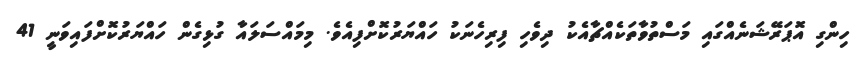
ހިންގި އޮޕަރޭޝަނެއްގައި މަސްތުވާތަކެއްޗާއެކު ދިވެހި ފިރިހެނަކު ހައްޔަރުކޮށްފިއެވެ. މިމައްސަލައާ ގުޅިގެން ހައްޔަރުކޮށްފައިވަނީ 41